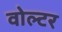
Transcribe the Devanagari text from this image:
वोल्टर